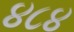
૪૮૪